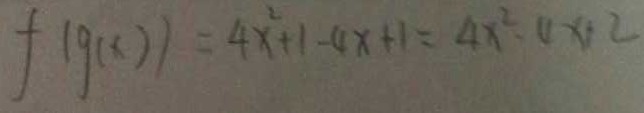
f ( g ( x ) ) = 4 x ^ { 2 } + 1 - 4 x + 1 = 4 x ^ { 2 } - 4 x + 2